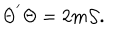
\Theta ^ { ' } \Theta = 2 m { \cal { S } } .